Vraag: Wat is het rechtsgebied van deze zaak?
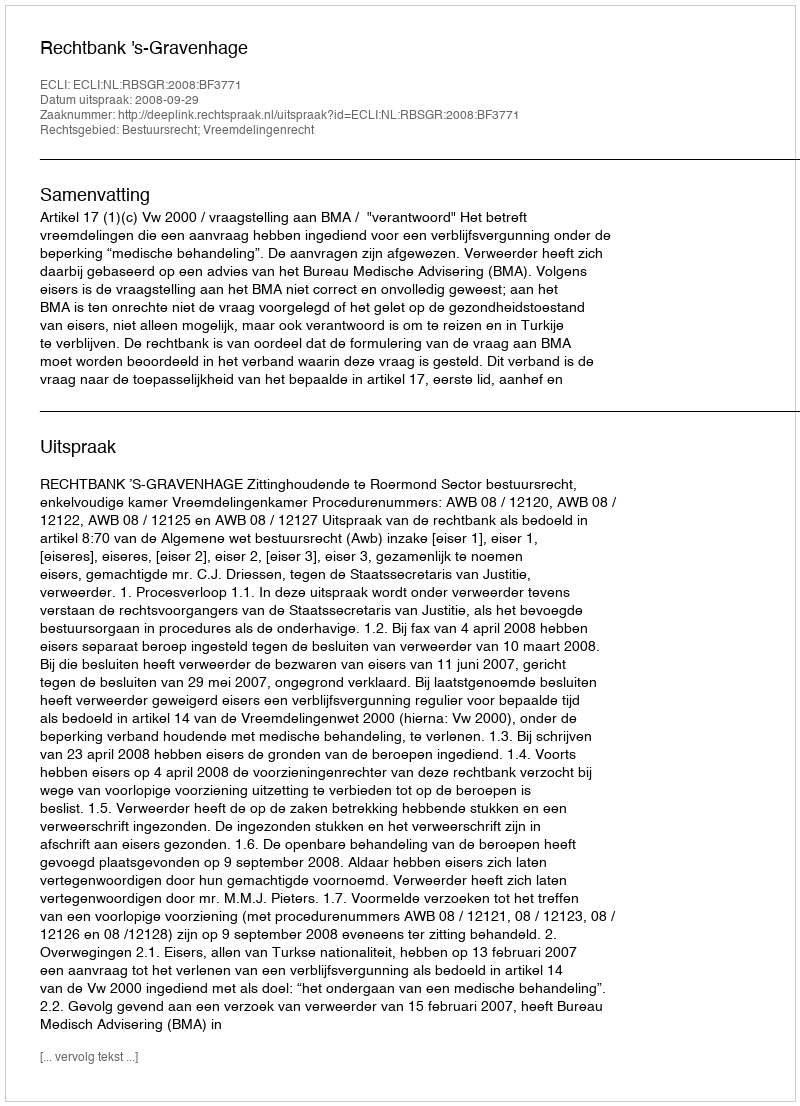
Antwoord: Bestuursrecht; Vreemdelingenrecht